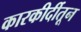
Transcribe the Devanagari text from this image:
कारकीर्दीतून